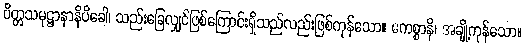
ပိတ္တသမုဋ္ဌာနာနိပိခေါ၊ သည်းခြေလျှင်ဖြစ်ကြောင်းရှိသည်လည်းဖြစ်ကုန်သော။ ဧကစ္စာနိ၊ အချို့ကုန်သော။